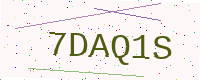
Text: 7DAQ1S